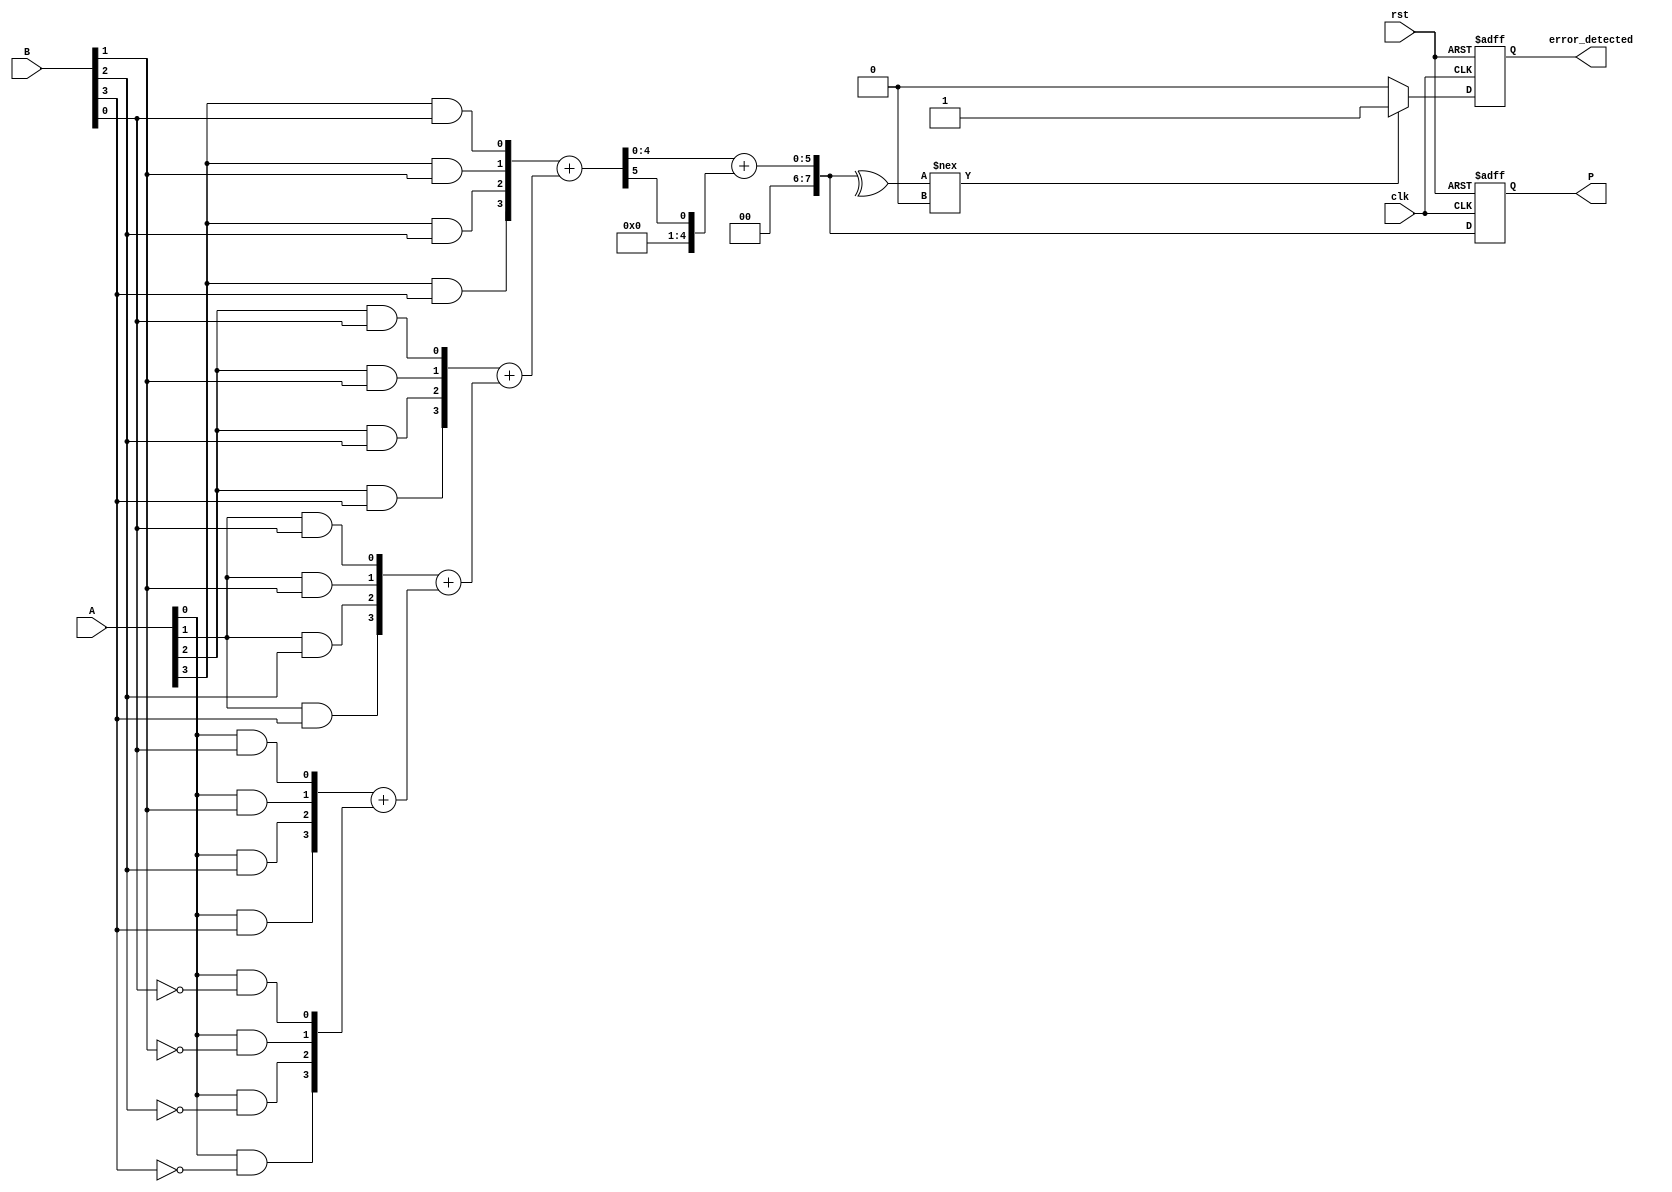
module FaultTolerantWallaceTreeMultiplier #(parameter N = 4) (
    input  wire [N-1:0] A,
    input  wire [N-1:0] B,
    input  wire clk,
    input  wire rst,
    output reg [2*N-1:0] P,
    output reg error_detected
);

    // Partial Products Generation
    wire [N-1:0] pp [0:N-1]; // Partial Products
    wire [N-1:0] pp_red [0:N-1]; // Redundant Partial Products

    genvar i, j;
    generate
        for (i = 0; i < N; i = i + 1) begin : gen_partial_products
            for (j = 0; j < N; j = j + 1) begin : gen_pp
                assign pp[i][j] = A[i] & B[j]; // Generate partial products
                assign pp_red[i][j] = A[i] & ~B[j]; // Generate redundant partial products
            end
        end
    endgenerate

    // Wallace Tree Reduction
    wire [N:0] sum [0:N-1]; // Sum outputs from CSAs
    wire [N:0] carry [0:N-1]; // Carry outputs from CSAs

    // Carry Save Adder (CSA) Implementation
    generate
        for (i = 0; i < N; i = i + 1) begin : CSA
            if (i == 0) begin
                assign sum[i] = pp[i] + pp_red[i]; // First level
                assign carry[i] = 0; // No carry for the first level
            end else begin
                assign {carry[i], sum[i]} = pp[i] + sum[i-1]; // Subsequent levels
            end
        end
    endgenerate

    // Final Addition
    wire [2*N-1:0] final_sum;
    wire [2*N-1:0] final_carry;

    assign {final_carry, final_sum} = sum[N-1] + carry[N-1]; // Final addition

    // Error Detection
    always @(posedge clk or posedge rst) begin
        if (rst) begin
            P <= 0;
            error_detected <= 0;
        end else begin
            // Check for errors (simple parity check for demonstration)
            if (^final_sum !== 1'b0) begin
                error_detected <= 1;
            end else begin
                error_detected <= 0;
            end
            P <= final_sum; // Assign product output
        end
    end

endmodule